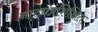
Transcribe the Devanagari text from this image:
नाट्यप्रशिक्षित